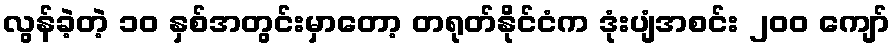
လွန်ခဲ့တဲ့ ၁၀ နှစ်အတွင်းမှာတော့ တရုတ်နိုင်ငံက ဒုံးပျံအစင်း ၂၀၀ ကျော်